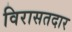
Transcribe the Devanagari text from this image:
विरासतदार